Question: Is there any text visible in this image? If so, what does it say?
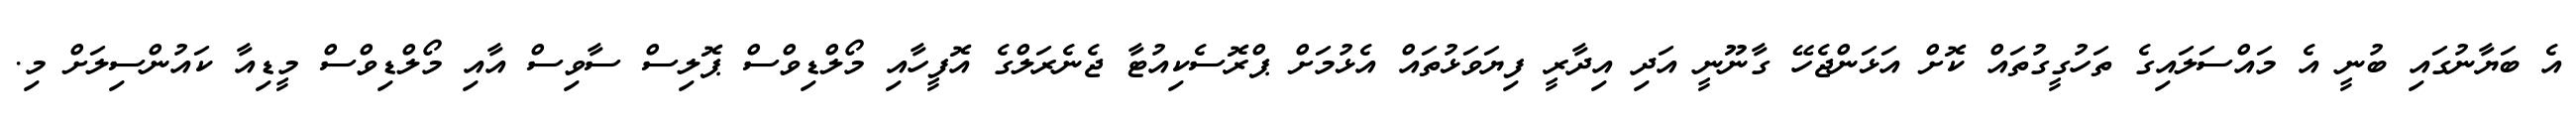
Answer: އެ ބަޔާނުގައި ބުނީ އެ މައްސަލައިގެ ތަހުގީގުތައް ކޮށް އަޅަންޖެހޭ ގާނޫނީ އަދި އިދާރީ ފިޔަވަޅުތައް އެޅުމަށް ޕްރޮސެކިއުޓާ ޖެނެރަލްގެ އޮފީހާއި މޯލްޑިވްސް ޕޮލިސް ސާވިސް އާއި މޯލްޑިވްސް މީޑިއާ ކައުންސިލަށް މި.